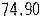
74.90